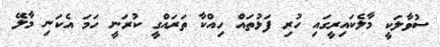
ސުވާލަކީ މާލެކައިރީގައި ހުރި ފަޅުތައް ހިއްކާ ތަރައްގީ ކުރަނީ ހަމަ އެކަނި މާލޭ